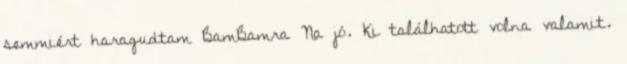
semmiért haragudtam BamBamra Na jó. Ki találhatott volna valamit.